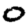
Digit: 0